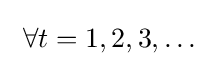
~\forall t=1,2,3,\ldots